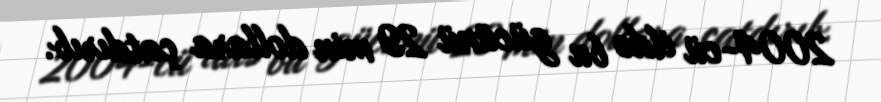
2004-cü ildə bu gücünü 29 min dollara çatdırıb.